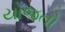
યોજતો